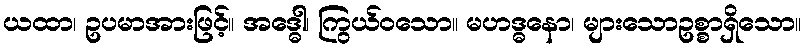
ယထာ၊ ဥပမာအားဖြင့်။ အဒ္ဓေါ၊ ကြွယ်ဝသော။ မဟဒ္ဓနော၊ များသောဥစ္စာရှိသော။